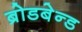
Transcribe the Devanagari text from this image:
ब्रोडबेन्ड